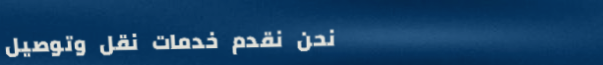
نحن نقدم خدمات نقل وتوصيل